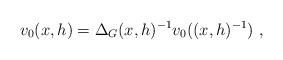
LaTeX: \begin{align*} v_0(x,h) = \Delta_G(x,h)^{-1} v_0((x,h)^{-1})~, \end{align*}